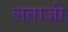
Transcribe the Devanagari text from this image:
लताजी